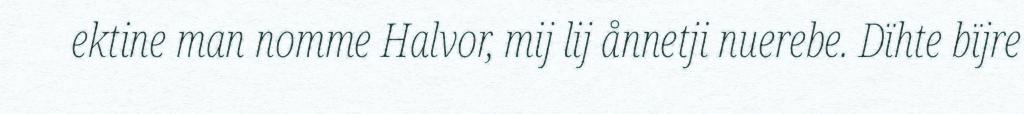
ektine man nomme Halvor, mij lij ånnetji nuerebe. Dïhte bïjre